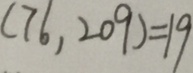
( 7 6 , 2 0 9 ) = 1 9